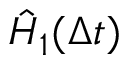
\hat { H } _ { 1 } ( \Delta \mathfrak { t } )